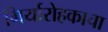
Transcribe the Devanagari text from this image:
गिर्यारोहकाचा